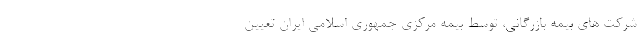
شرکت های بیمه بازرگانی، توسط بیمه مرکزی جمهوری اسلامی ایران تعیین